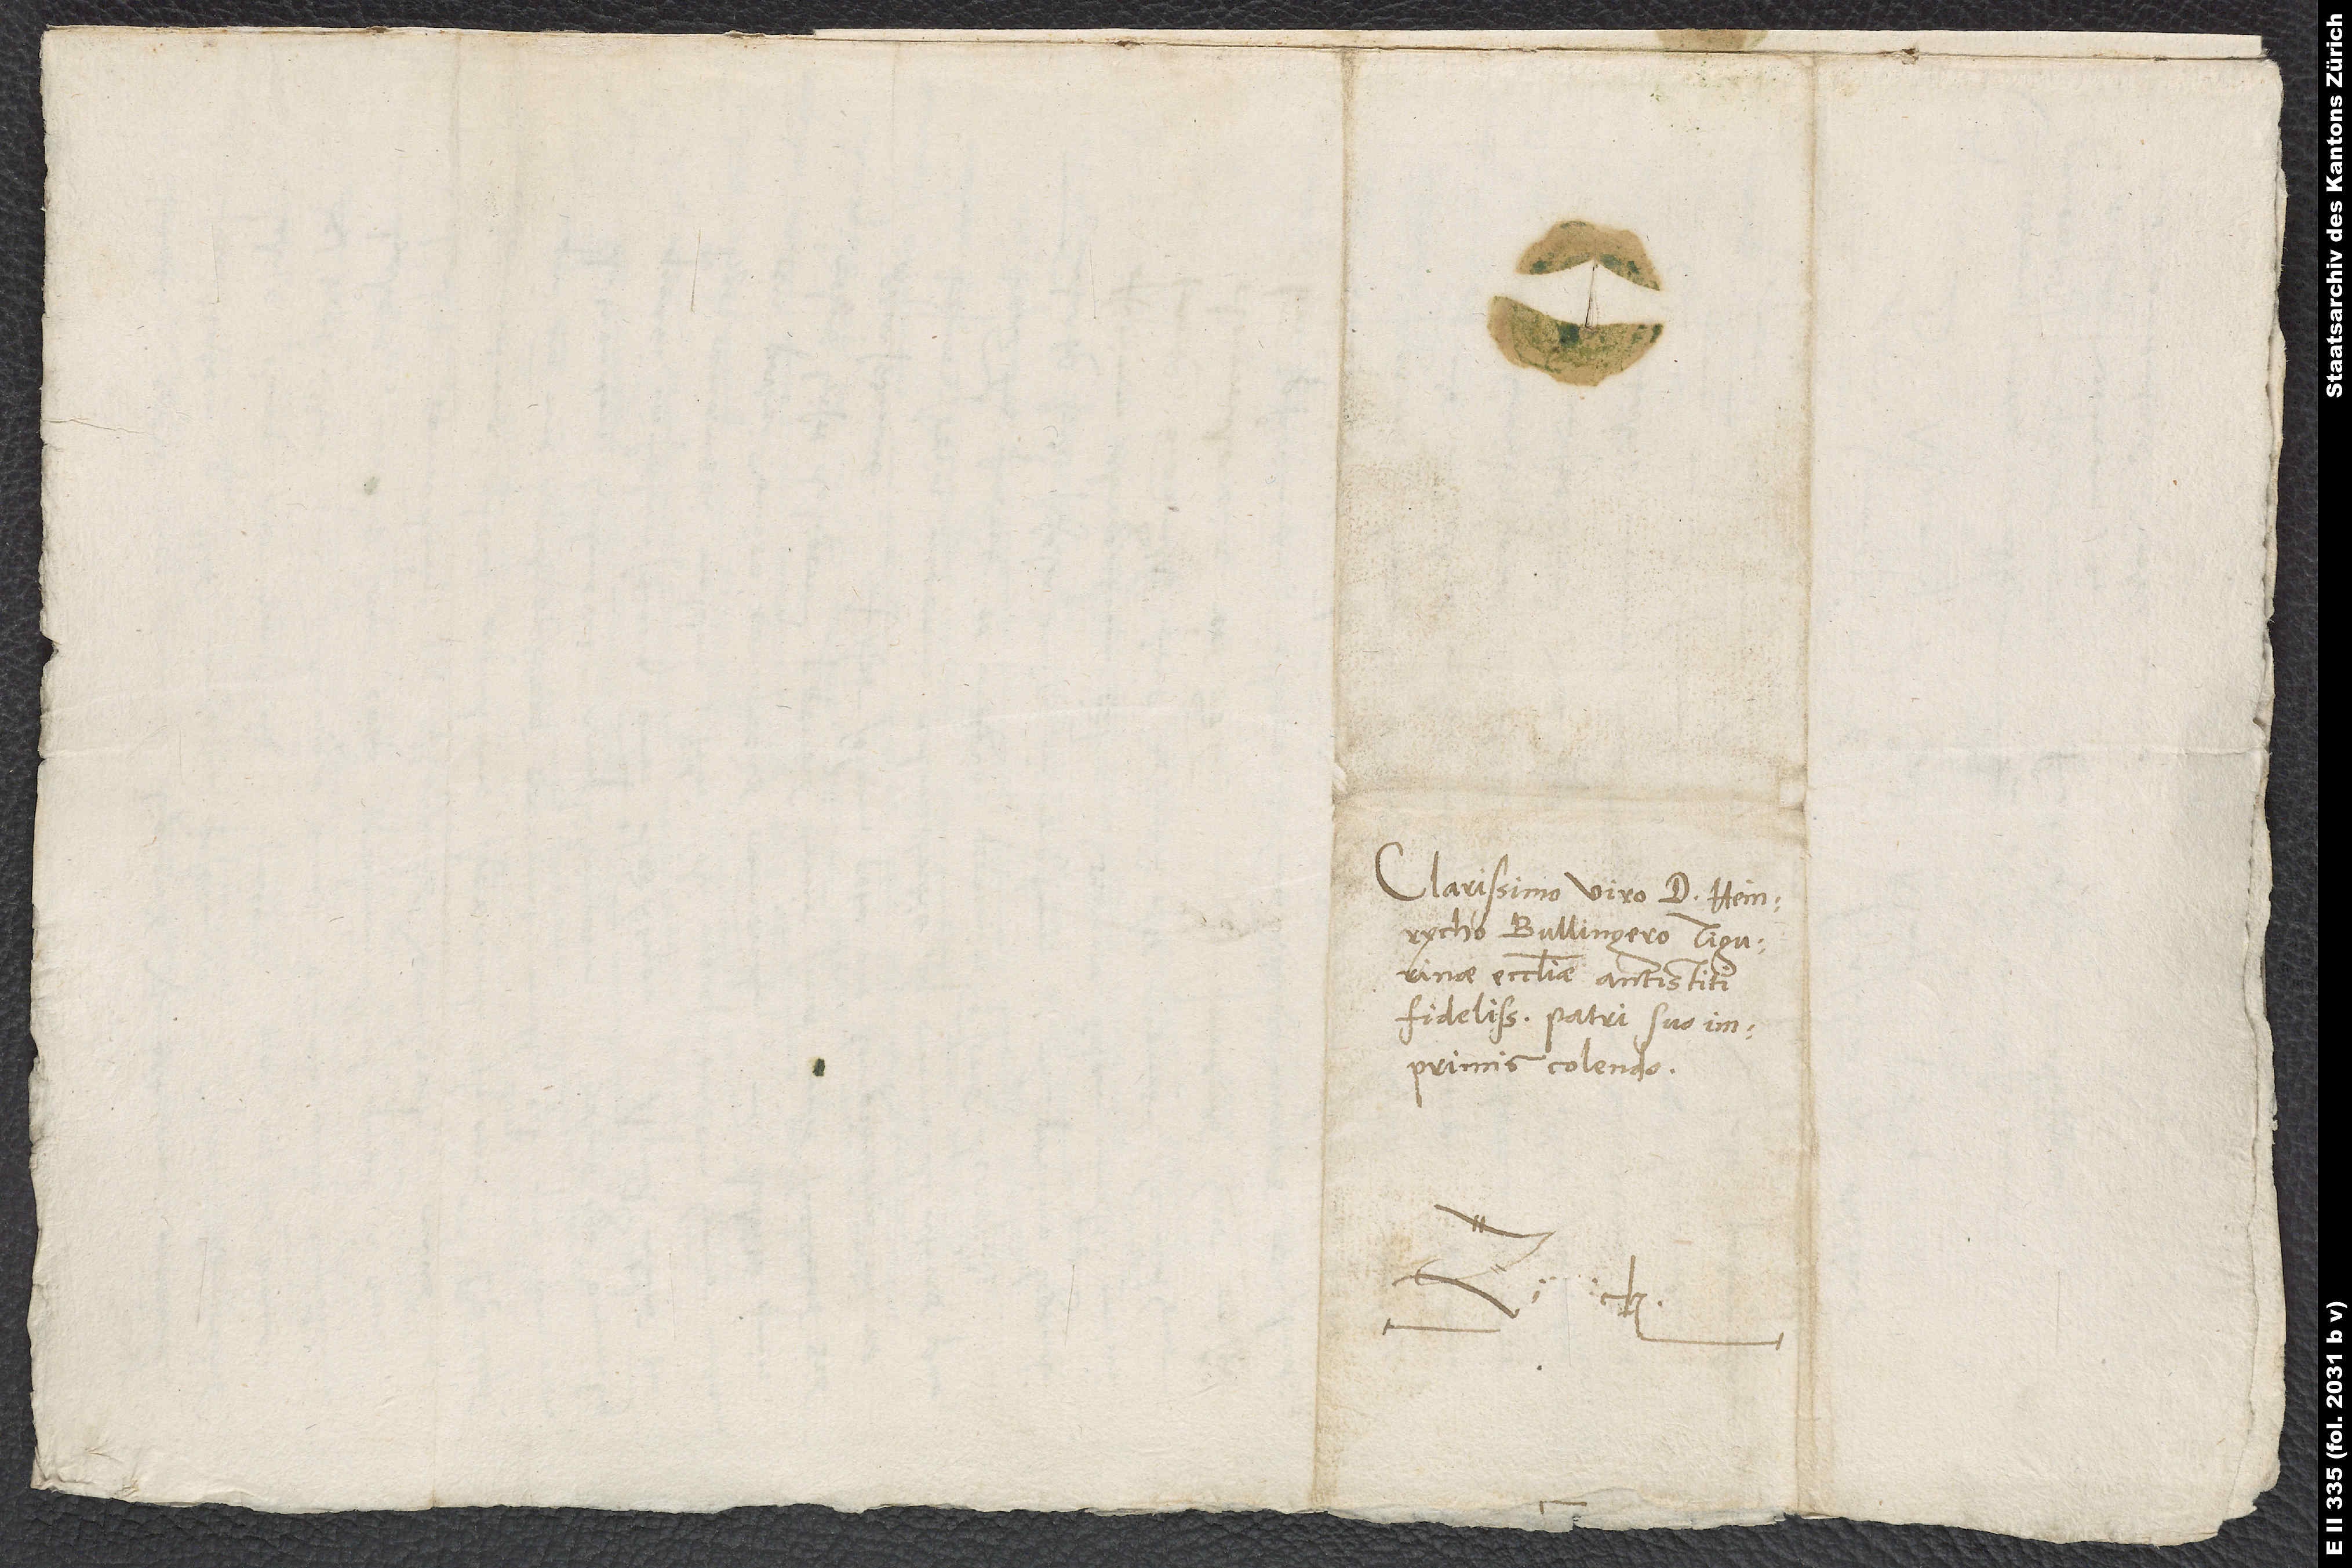
Clarissimo viro d. Heinrycho
Bullingero, Tigurinae
ecclesiae antistiti
fidelissimo, patri suo
imprimis colendo.